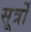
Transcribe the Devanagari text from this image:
सूर्त्रों